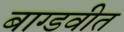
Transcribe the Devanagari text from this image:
बाग्डवीत